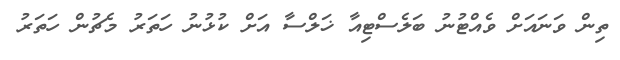
ތިން ވަނައަށް ވެއްޓުނު ބަލެސްޓިއާ ޚަލްސާ އަށް ކުޅުނު ހަތަރު މެޗުން ހަތަރު